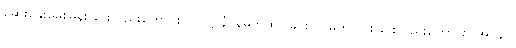
ဆွေးနွေးမေးမြန်းခြင်းလည်းကောင်း။ ဥပဋ္ဌာနံ၊ နိမိတ်ထင်ခြင်းကို မှတ်သားခြင်းလည်းကောင်း။ အပ္ပနာ၊